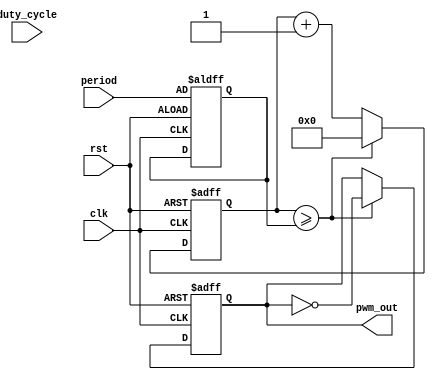
module pwm_timer (
  input wire clk,
  input wire rst,
  input wire [15:0] period,
  input wire [15:0] duty_cycle,
  output reg pwm_out
);

reg [15:0] counter;
reg [15:0] comparator;

always @ (posedge clk or posedge rst) begin
  if (rst) begin
    counter <= 16'b0;
    comparator <= period;
    pwm_out <= 1'b0;
  end else begin
    if (counter >= comparator) begin
      pwm_out <= ~pwm_out;
      counter <= 16'b0;
    end else begin
      counter <= counter + 1;
    end
  end
end

endmodule